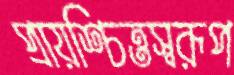
প্রায়শ্চিত্তস্বরূপ